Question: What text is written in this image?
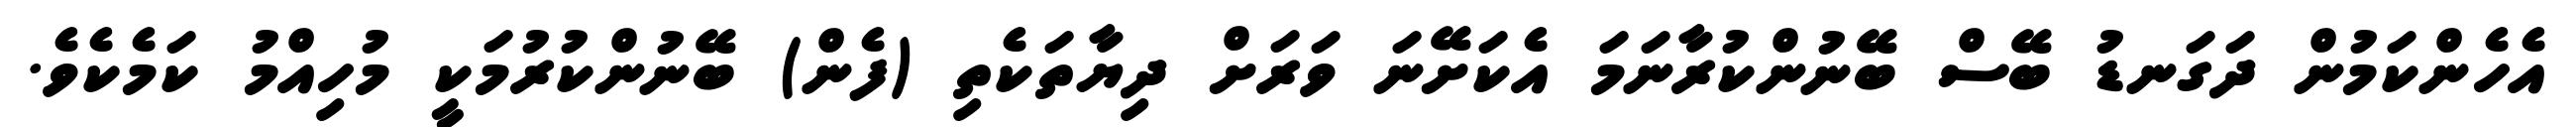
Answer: އެހެންކަމުން ދަގަނޑު ބޭސް ބޭނުންކުރާނަމަ އެކަށޭނަ ވަރަށް ދިޔާތަކެތި (ފެން) ބޭނުންކުރުމަކީ މުހިއްމު ކަމެކެވެ.